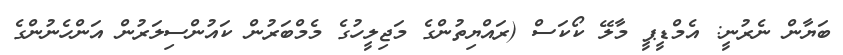
ބަޔާން ނެރުނީ: އެމްޑީޕީ މާލޭ ކޯކަސް (ރައްޔިތުންގެ މަޖިލީހުގެ މެމްބަރުން ކައުންސިލަރުން އަންހެނުންގެ